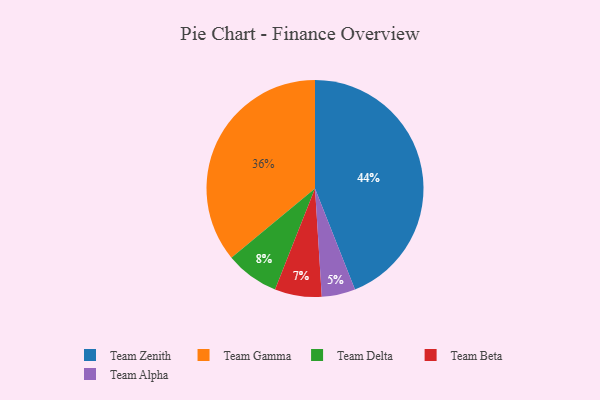
{"axis": {"x": "Category", "y": "Percentage"}, "legend": ["Team Alpha", "Team Beta", "Team Delta", "Team Gamma", "Team Zenith"], "data": [{"x": "Team Delta", "y": 8, "type": "Team Delta"}, {"x": "Team Zenith", "y": 44, "type": "Team Zenith"}, {"x": "Team Gamma", "y": 36, "type": "Team Gamma"}, {"x": "Team Alpha", "y": 5, "type": "Team Alpha"}, {"x": "Team Beta", "y": 7, "type": "Team Beta"}]}